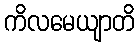
ကိလမေယျာတိ